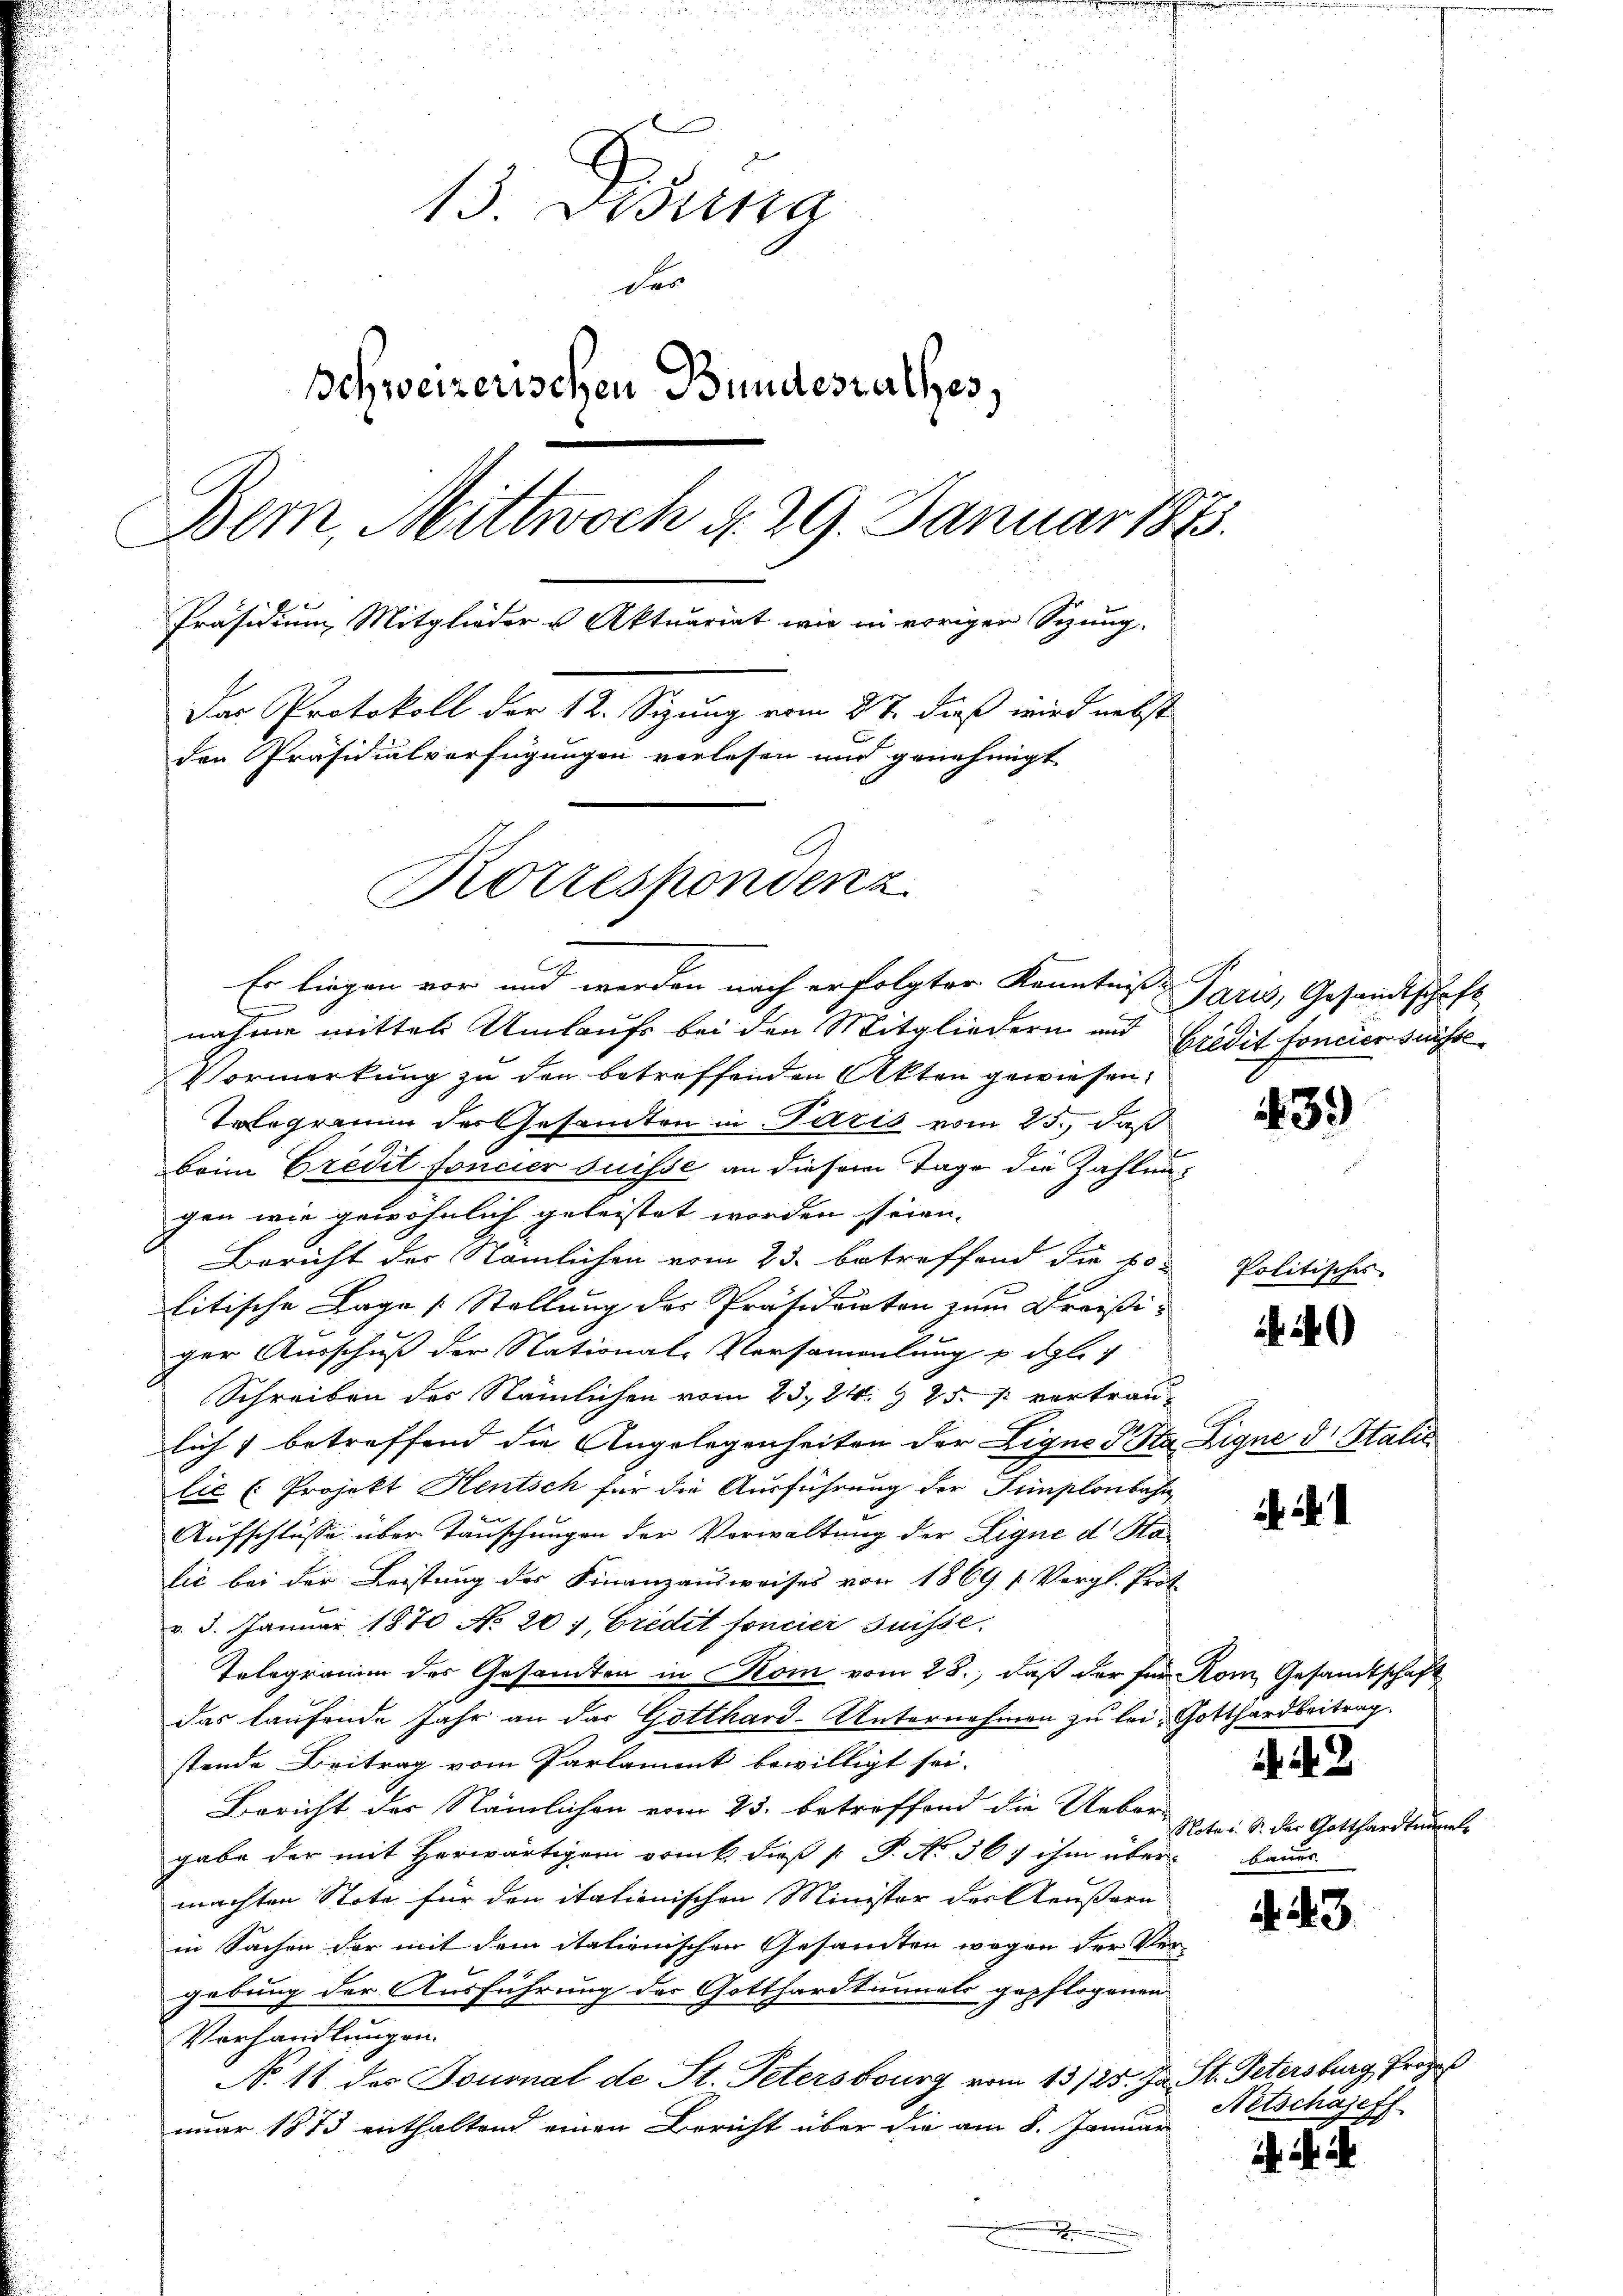
13. Desina
der
schweizerischen Bundesrathes,
Bem, Mittwoch d. 29. Januar 1875.
Präsidium Mitglieder u. Aktuariat wie in vorigen Sizung.
Das Protokoll der 12. Sizung vom 27. dieß wird nebst
den Präsidialverfügungen verlesen und genehmigt
Korrespondenz

Er liegen vor und werden nach erfolgter Kenntniße Paris, Gesandtschaft
g
nahme mittel Umlaufs bei den Mitgliedern und
Vormerkung zu den betreffenden Akten gewiesen.
Totogramm der Gesamten in Paris vom 25., daß
beim Credit foncier suisse an diesem Tage die Zahlungen wie gewöhnlich geleistet worden seien.
Bericht der Nämlichen vom 23. betreffend die 60
litische Lage [Stellung der Präsidenten zum Dreißi-
ger Ausschuß der National-Versammlung u. dgl. 1
Schreiben des Nämlichen vom 23. 24. § 25. vortraulich) betreffend die Angelegenheiten der Ligne Sta Ligne d. Stalić
lic (Projekt Hentsch für die Ausführung der Simplonbahn-
Aufschlüsse über Tauschungen der Vorwaltung der Eigne d. Stalić bei der Leistung des Finanzausweises von 1869 f. Vergl. Prot
v. 5. Januar 1870 No 201, Credit foncier Suisse
Telegramm des Gesandten in Kom vom 28., daß der für Rom Gesandtschaft
das laufende Jahr an das Gotthard-Unternehmen zu lei- Gotthardbeitrag.
stende Beitrag vom Parlament bewilligt sei.
Bericht der Nämlichen vom 23. betreffend die Ueber-
gabe der mit Herwärtigem Druk dieß s P. No 36 f ihm über baues
machten Note für den itationischen Minister des Aeußern
in Sachen der mit dem italienischen Gesandten wegen der Ver-
gebung der Ausführung der Gotthardtunnels gepflogenen
Vorhandlungen.
No. 11. der Fournal de St. Petersburg vom 13/25. Ja St. Petersburg Prozeß
nuar 1873 enthaltend einen Bericht über die am 8. Januar

Bredit foncier süsse

439

Politisches

448
Note u. S. der Gotthardtrumel

d. 3.

Aetschajeff